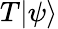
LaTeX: T\vert\psi\rangle